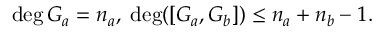
\deg G _ { a } = n _ { a } , \; \deg ( [ G _ { a } , G _ { b } ] ) \leq n _ { a } + n _ { b } - 1 .